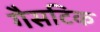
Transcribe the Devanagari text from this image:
गैसटिक